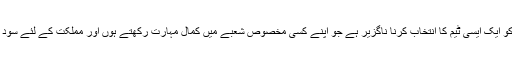
سیاسی جماعتوں کو ایک ایسی ٹیم کا انتخاب کرنا ناگزیر ہے جو اپنے کسی مخصوص شعبے میں کمال مہارت رکھتے ہوں اور مملکت کے لئے سود مند ثابت ہوسکیں۔